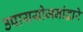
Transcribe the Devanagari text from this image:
उपाययोजनांद्वारे